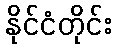
နိုင်ငံတိုင်း